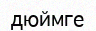
дюймге